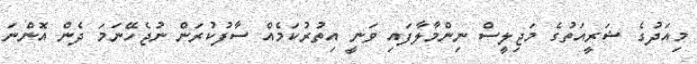
މިއަދުގެ ޝަރީއަތުގެ މަޖިލީސް ނިންމާލާފައި ވަނީ އިތުރުކަމެއް ސާފުކުރަން ނުޖެހޭނަމަ ދެން އޮންނަ